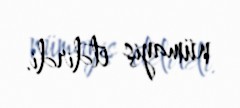
nümayiş etdirdi.